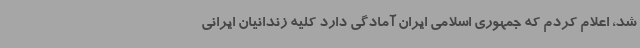
شد، اعلام کردم که جمهوری اسلامی ایران آمادگی دارد کلیه زندانیان ایرانی